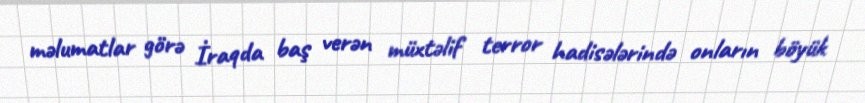
məlumatlar görə İraqda baş verən müxtəlif terror hadisələrində onların böyük